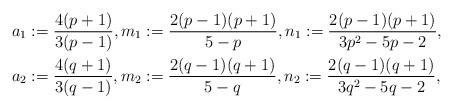
LaTeX: \begin{align*}&a_1:= \frac{4(p+1)}{3(p-1)}, m_1:= \frac{2(p-1)(p+1)}{5-p}, n_1:= \frac{2(p-1)(p+1)}{3p^2-5p-2}, \\ &a_2:= \frac{4(q+1)}{3(q-1)}, m_2:= \frac{2(q-1)(q+1)}{5-q}, n_2:= \frac{2(q-1)(q+1)}{3q^2-5q-2},\end{align*}